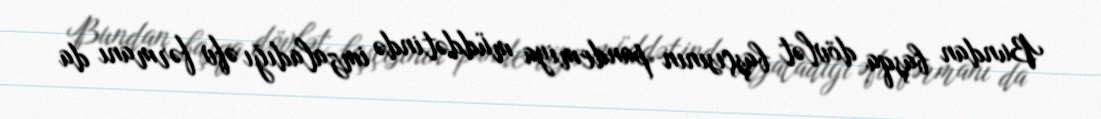
Bundan başqa dövlət başçısının pandemiya müddətində imzaladığı əfv fərmanı da